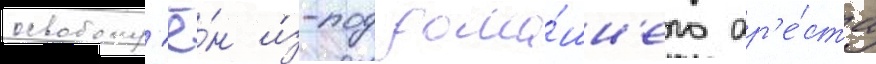
освобожд'ё́н и́з-под дома́шн'его ар'е́ста